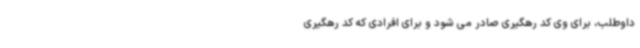
داوطلب، برای وی کد رهگیری صادر می شود و برای افرادی که کد رهگیری